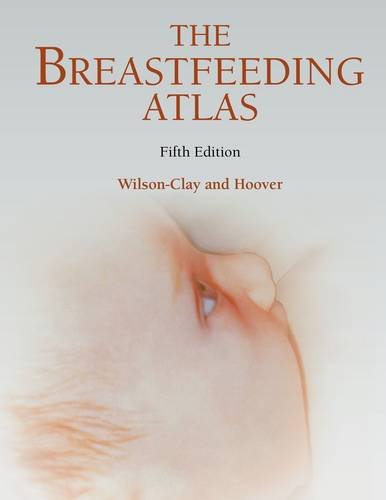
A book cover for Breastfeeding Atlas; Barbara Wilson-Clay; Medical Books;